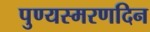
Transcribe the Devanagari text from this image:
पुण्यस्मरणदिन